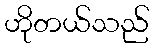
ဟိုတယ်သည်